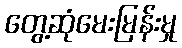
တွေ့ဆုံမေးမြန်းမှု